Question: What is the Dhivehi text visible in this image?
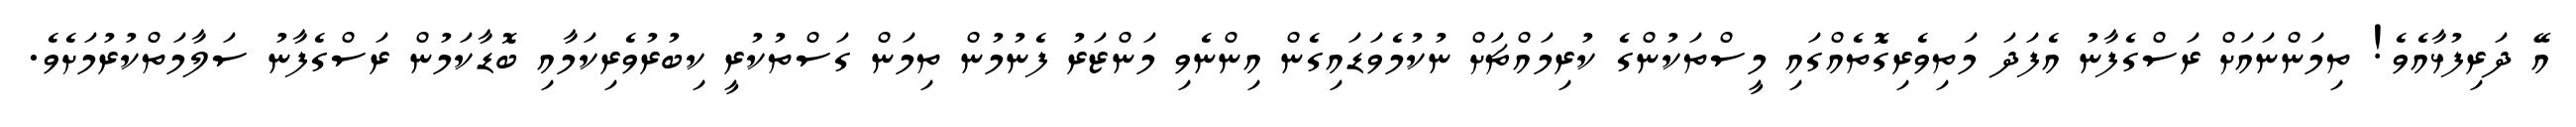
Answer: އޭ ދަރިފުޅާއެވެ! ތިމަންނައަށް ރަސްގެފާނު އެފަދަ މަތިވެރިގޮތެއްގައި މީސްތަކުންގެ ކުރިމައްޗަށް ނުކުމެވަޑައިގެން އިންނެވި މަންޒަރު ފެނުމުން ތިމަން ގަސްތުކުރީ ކިބުރުވެރިކަމާއި ބޮޑާކަމުން ރަސްގެފާނު ސަލާމަތްކުރުމަށެވެ.